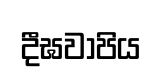
දීඝවාපිය